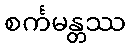
စင်္ကမန္တဿ